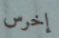
إخرس